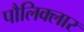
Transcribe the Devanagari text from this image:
पौलिक्लार